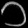
Digit: ၁